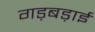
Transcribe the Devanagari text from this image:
गड़बड़ाई